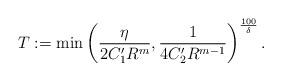
LaTeX: \begin{align*}T := \min \left( \frac{\eta}{2 C_1' R^{m}} , \frac{1}{4C_2' R^{m-1}} \right) ^{\frac{100}{\delta}} .\end{align*}